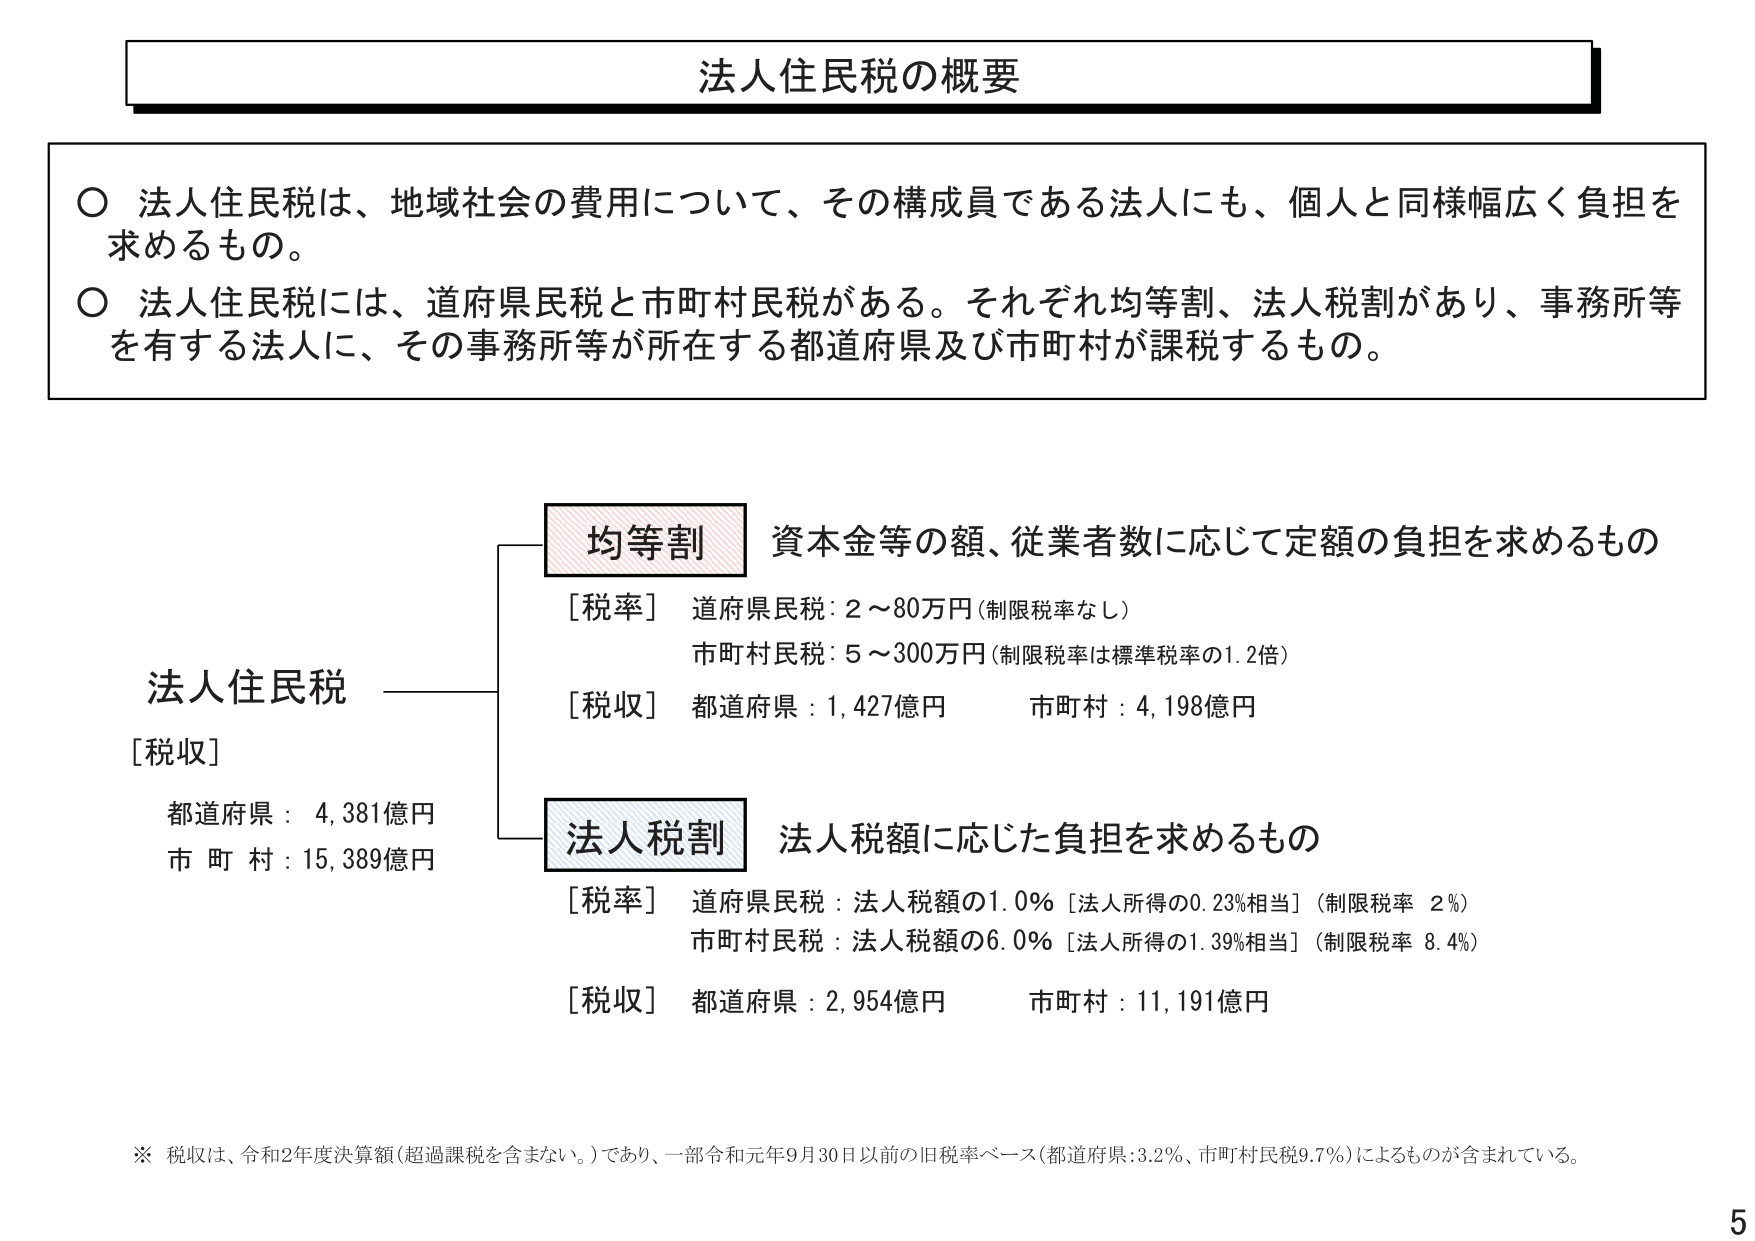
法人住民税の概要

○ 法人住民税は、地域社会の費用について、その構成員である法人にも、個人と同様幅広く負担を求めるもの。

○ 法人住民税には、道府県民税と市町村民税がある。それぞれ均等割、法人税割があり、事務所等を有する法人に、その事務所等が所在する都道府県及び市町村が課税するもの。

法人住民税
[税収]
都道府県：4,381億円
市 町 村：15,389億円

均等割 資本金等の額、従業者数に応じて定額の負担を求めるもの
[税率] 道府県民税：2～80万円（制限税率なし）
　　　市町村民税：5～300万円（制限税率は標準税率の1.2倍）
[税収] 都道府県：1,427億円　　　市町村：4,198億円

法人税割 法人税額に応じた負担を求めるもの
[税率] 道府県民税：法人税額の1.0％［法人所得の0.23％相当］（制限税率 2％）
　　　市町村民税：法人税額の6.0％［法人所得の1.39％相当］（制限税率 8.4％）
[税収] 都道府県：2,954億円　　　市町村：11,191億円

※ 税収は、令和2年度決算額（超過課税を含まない。）であり、一部令和元年9月30日以前の旧税率ベース（都道府県：3.2％、市町村民税9.7％）によるものが含まれている。

5